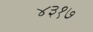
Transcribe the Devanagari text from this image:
४३१७